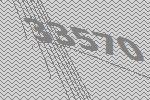
33570